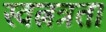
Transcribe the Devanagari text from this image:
स्वत्नत्रता